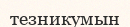
тезникумын